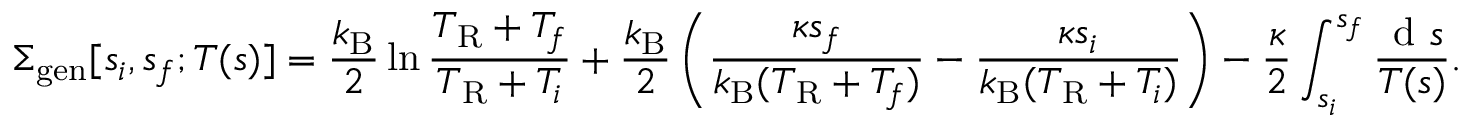
\Sigma _ { \mathrm { g e n } } [ s _ { i } , s _ { f } ; T ( s ) ] = \frac { k _ { \mathrm { B } } } { 2 } \ln \frac { T _ { \mathrm { R } } + T _ { f } } { T _ { \mathrm { R } } + T _ { i } } + \frac { k _ { \mathrm { B } } } { 2 } \left( \frac { \kappa s _ { f } } { k _ { \mathrm { B } } ( T _ { \mathrm { R } } + T _ { f } ) } - \frac { \kappa s _ { i } } { k _ { \mathrm { B } } ( T _ { \mathrm { R } } + T _ { i } ) } \right) - \frac { \kappa } { 2 } \int _ { s _ { i } } ^ { s _ { f } } \frac { \textrm { d } { s } } { T ( s ) } .